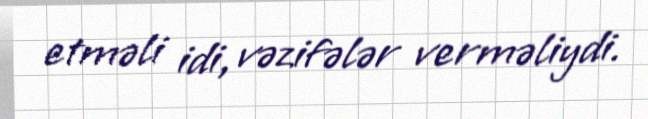
etməli idi, vəzifələr verməliydi.